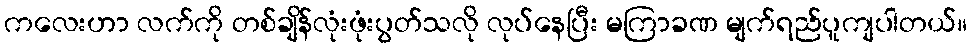
ကလေးဟာ လက်ကို တစ်ချိန်လုံးဖုံးပွတ်သလို လုပ်နေပြီး မကြာခဏ မျက်ရည်ပူကျပါတယ်။